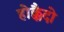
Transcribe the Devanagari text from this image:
होक्कैदो